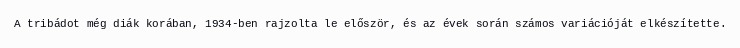
A tribádot még diák korában, 1934-ben rajzolta le először, és az évek során számos variációját elkészítette.